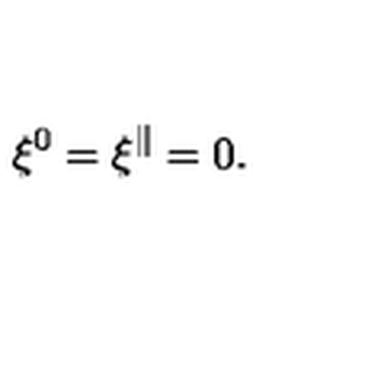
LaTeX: \xi ^ { 0 } = \xi ^ { \parallel } = 0 .